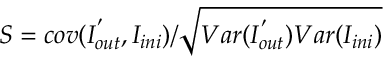
S = c o v ( { I } _ { o u t } ^ { ' } , { I } _ { i n i } ) / \sqrt { V a r ( { I } _ { o u t } ^ { ' } ) V a r ( { I } _ { i n i } ) }